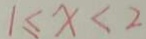
1 \leq x < 2